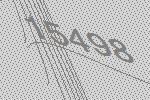
15498